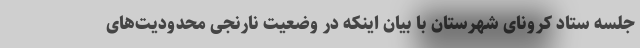
جلسه ستاد کرونای شهرستان با بیان اینکه در وضعیت نارنجی محدودیت‌های